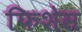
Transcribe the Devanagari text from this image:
फिशेस